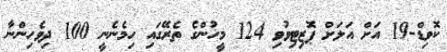
ކޮވިޑް-19 އަށް އަލަށް ޕޮޒިޓިވުވި 124 މީހުންގެ ތެރޭގައި ހިމެނެނީ 100 ދިވެހިންނާ